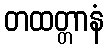
တထတ္တာနံ